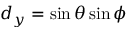
d _ { y } = \sin { \theta } \sin { \phi }